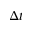
{ \Delta t }